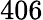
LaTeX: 406